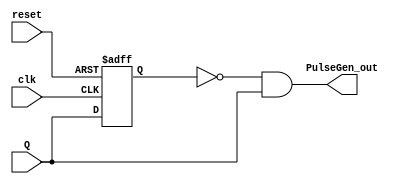
module PulseGen (
    input clk , reset ,
    input Q ,
    output PulseGen_out
);

reg Q_reg ;
always @(posedge clk , negedge reset) begin
    if(~reset) begin
        Q_reg<= 0 ;
    end
    else begin
        Q_reg <= Q;
    end
end

assign PulseGen_out = (~Q_reg) & Q;
    
endmodule